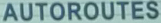
AUTOROUTES